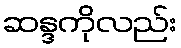
ဆန္ဒကိုလည်း